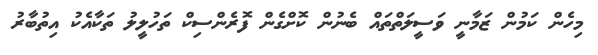
މިހެން ކަމުން ޒަމާނީ ވަސީލަތްތައް ބެނުން ކޮށްގެން ފޮރެންސިކް ތަހުލީލު ތަކާއެކު އިތުބާރު